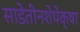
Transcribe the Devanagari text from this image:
साडेतीनशेपेक्षा